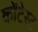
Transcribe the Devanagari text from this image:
कोंटेस्ट